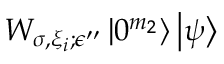
W _ { \sigma , \xi _ { i } ; \epsilon ^ { \prime \prime } } \left| 0 ^ { m _ { 2 } } \right\rangle \left| \psi \right\rangle